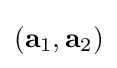
\left(\mathbf {a} _{1},\mathbf {a} _{2}\right)